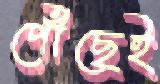
পৌঁছেই